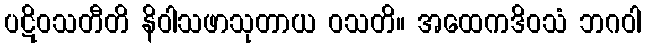
ပဋိဝသတီတိ နိဝါသဖာသုတာယ ဝသတိ။ အထေကဒိဝသံ ဘဂဝါ